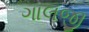
ગાલજી